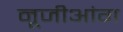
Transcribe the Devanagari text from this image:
नूजीआंग